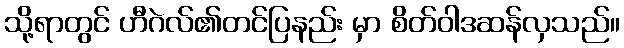
သို့ရာတွင် ဟီဂဲလ်၏တင်ပြနည်း မှာ စိတ်ဝါဒဆန်လှသည်။